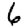
Digit: 6